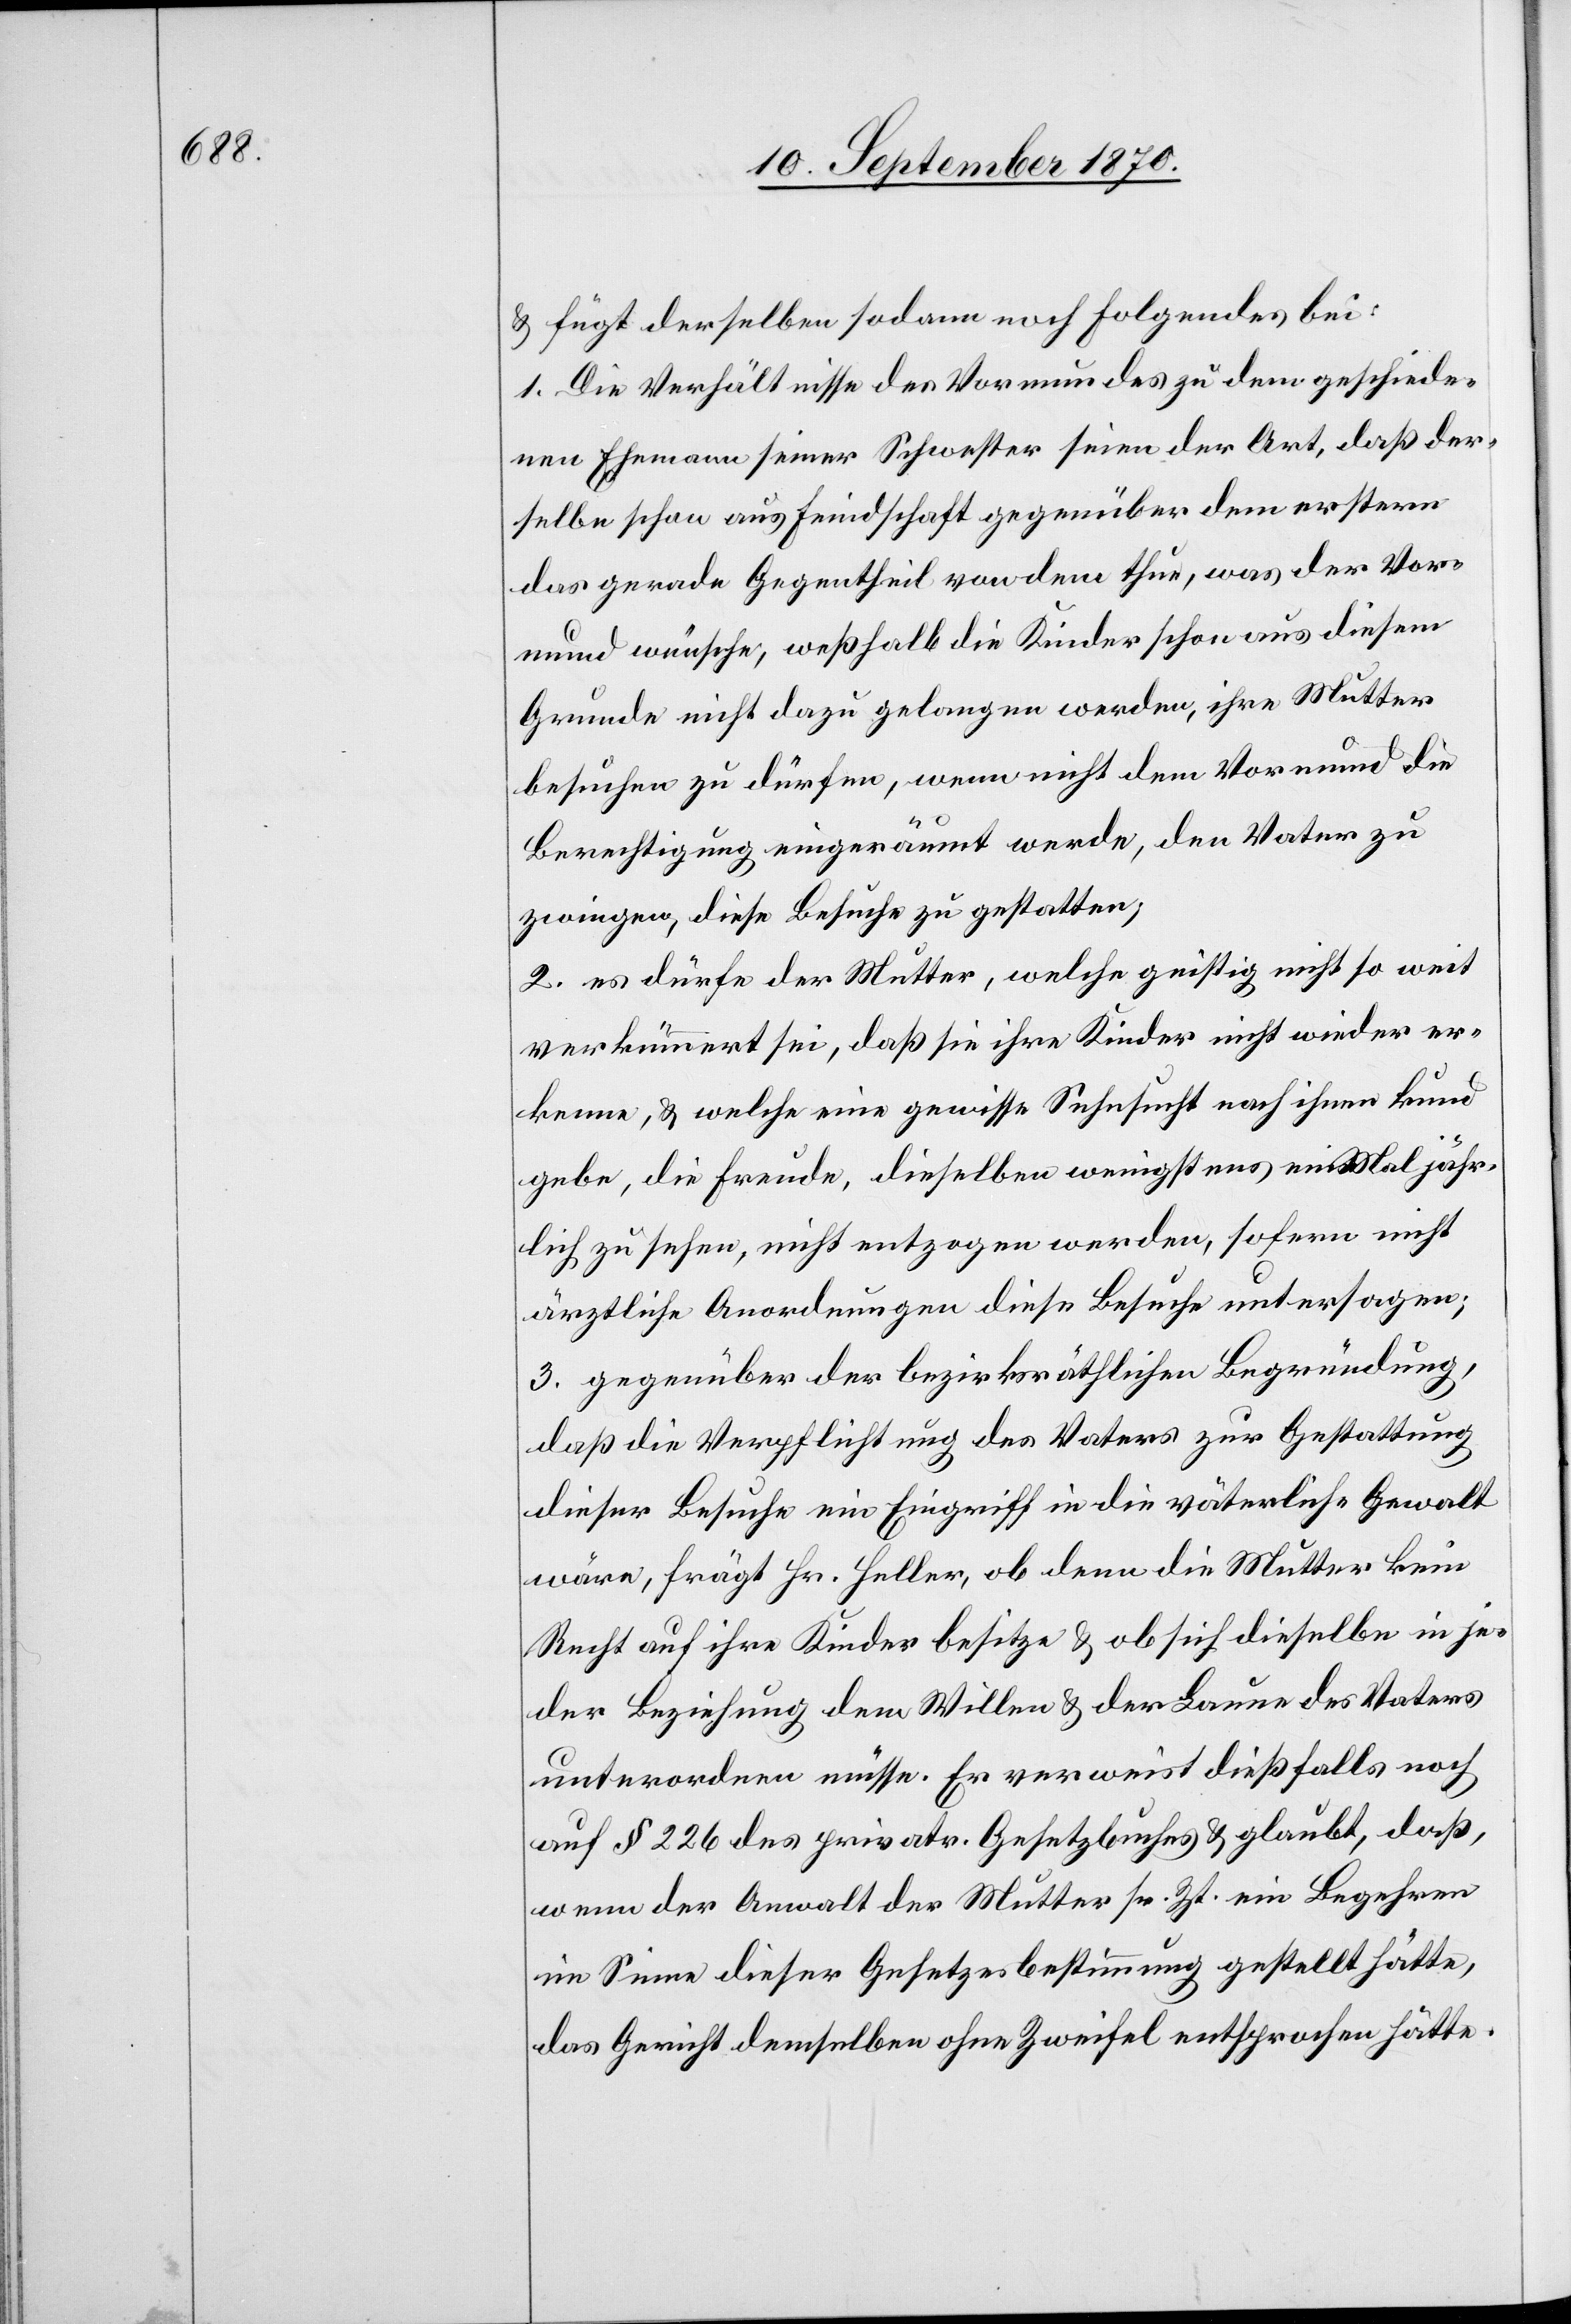
& fügt derselben sodann noch folgendes bei:
1. Die Verhältnisse des Vormundes zu dem geschiede¬
nen Ehemann seiner Schwester seien der Art, daß der¬
selbe schon aus Feindschaft gegenüber dem erstern
das gerade Gegentheil von dem thue, was der Vor¬
mund wünsche, weßhalb die Kinder schon aus diesem
Grunde nicht dazu gelangen werden, ihre Mutter
besuchen zu dürfen, wenn nicht dem Vormund die
Berechtigung eingeräumt werde, den Vater zu
zwingen, diese Besuche zu gestatten;
2. es dürfe der Mutter, welche geistig nicht so weit
verkümmert sei, daß sie ihre Kinder nicht wieder er¬
kenne, & welche eine gewisse Sehnsucht nach ihnen kund
gebe, die Freude, dieselben wenigstens ein Mal jähr¬
lich zu sehen, nicht entzogen werden, sofern nicht
ärztliche Anordnungen diese Besuche untersagen;
3. gegenüber der bezirksräthlichen Begründung,
daß die Verpflichtung des Vaters zur Gestattung
dieser Besuche ein Eingriff in die väterliche Gewalt
wäre, frägt Hr. Heller, ob denn die Mutter kein
Recht auf ihre Kinder besitze & ob sich dieselbe in je¬
der Beziehung dem Willen & der Laune des Vaters
unterordnen müsse. Er verweist dießfalls noch
auf § 226 des privatr. Gesetzbuches & glaubt, daß,
wenn der Anwalt der Mutter sr. Zt. ein Begehren
im Sinne dieser Gesetzesbestimmung gestellt hätte,
das Gericht demselben ohne Zweifel entsprochen hätte.